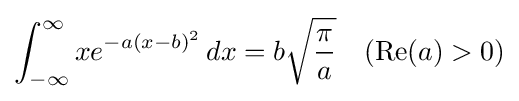
\int _{-\infty }^{\infty }xe^{-a(x-b)^{2}}\,dx=b{\sqrt {\frac {\pi }{a}}}\quad (\operatorname {Re} (a)>0)